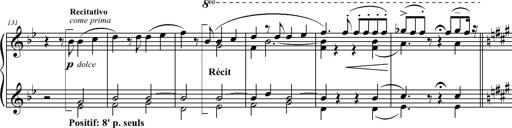
Title: 2 LÃ©gendes
Composer: Franz Liszt